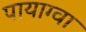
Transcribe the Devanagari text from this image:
पायाग्वा